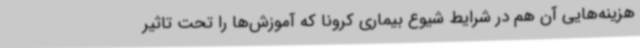
هزینه‌هایی آن هم در شرایط شیوع بیماری کرونا که آموزش‌ها را تحت تاثیر